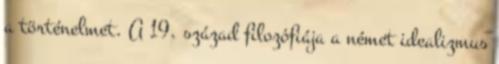
a történelmet. A 19. század filozófiája a német idealizmus